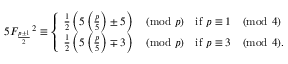
5 { F _ { \frac { p \pm 1 } { 2 } } } ^ { 2 } \equiv { \left\{ \begin{array} { l l } { { \frac { 1 } { 2 } } \left( 5 \left( { \frac { p } { 5 } } \right) \pm 5 \right) { \pmod { p } } } & { { \mathrm { i f ~ } } p \equiv 1 { \pmod { 4 } } } \\ { { \frac { 1 } { 2 } } \left( 5 \left( { \frac { p } { 5 } } \right) \mp 3 \right) { \pmod { p } } } & { { \mathrm { i f ~ } } p \equiv 3 { \pmod { 4 } } . } \end{array} \right. }